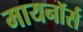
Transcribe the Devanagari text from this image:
मायनॉर्स